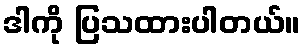
ဒါကို ပြသထားပါတယ်။